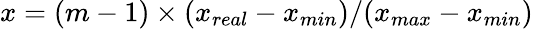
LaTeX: x=(m-1)\times(x_{real}-x_{min})/(x_{max}-x_{min})